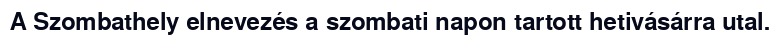
A Szombathely elnevezés a szombati napon tartott hetivásárra utal.